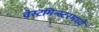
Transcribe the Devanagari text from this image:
वेस्टमिन्स्टरमध्ये